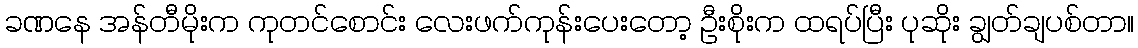
ခဏနေ အန်တီမိုးက ကုတင်စောင်း လေးဖက်ကုန်းပေးတော့ ဦးစိုးက ထရပ်ပြီး ပုဆိုး ချွတ်ချပစ်တာ။